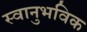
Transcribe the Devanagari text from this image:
स्वानुभविक